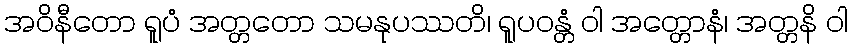
အဝိနီတော ရူပံ အတ္တတော သမနုပဿတိ၊ ရူပဝန္တံ ဝါ အတ္တောနံ၊ အတ္တနိ ဝါ